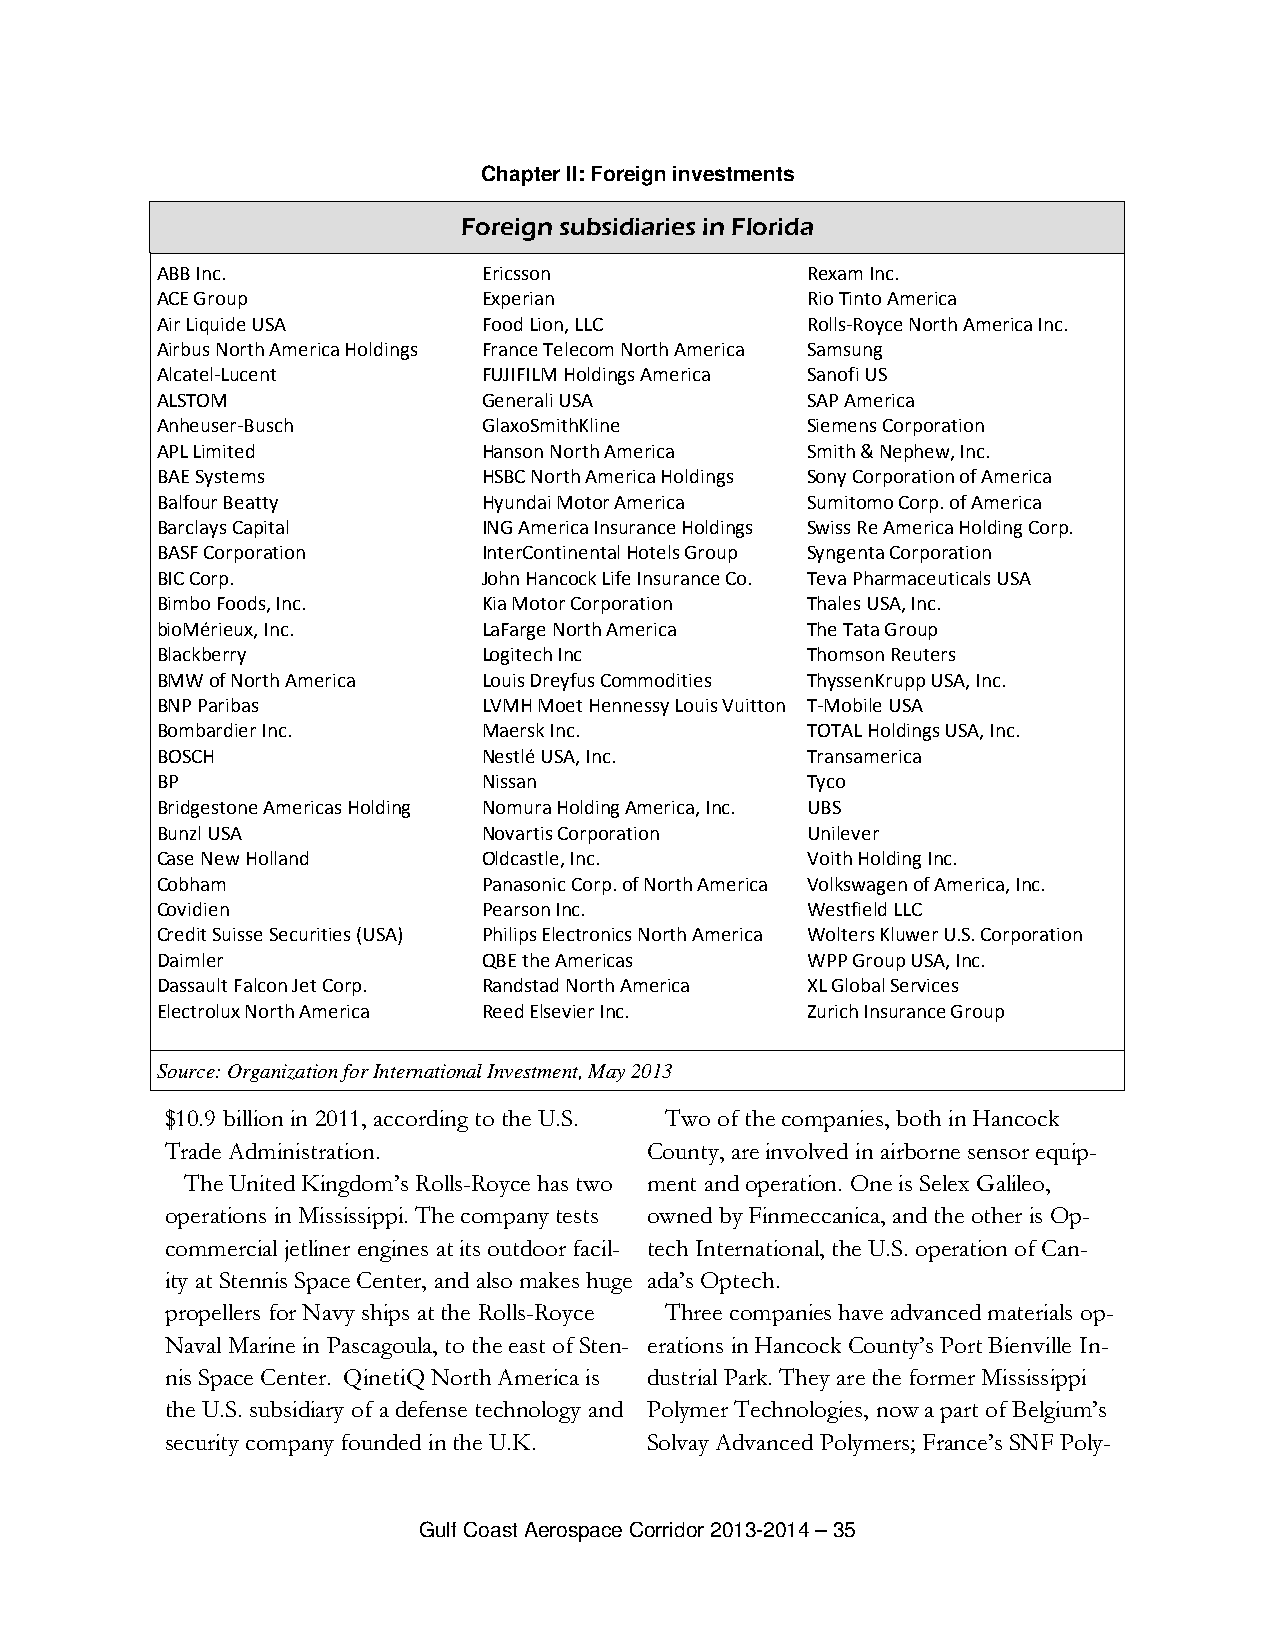
Chapter II: Foreign investments
 Foreign subsidiaries in Florida
 ABB Inc.              Ericsson             Rexam Inc.
 ACE Group             Experian             Rio Tinto America
 Air Liquide USA       Food Lion, LLC       Rolls-Royce North America Inc.
 Airbus North America Holdings France Telecom North America Samsung
 Alcatel-Lucent        FUJIFILM Holdings America Sanofi US
 ALSTOM                Generali USA         SAP America
 Anheuser-Busch        GlaxoSmithKline      Siemens Corporation
 APL Limited           Hanson North America Smith & Nephew, Inc.
 BAE Systems           HSBC North America Holdings Sony Corporation of America
 Balfour Beatty        Hyundai Motor America Sumitomo Corp. of America
 Barclays Capital      ING America Insurance Holdings Swiss Re America Holding Corp.
 BASF Corporation      InterContinental Hotels Group Syngenta Corporation
 BIC Corp.             John Hancock Life Insurance Co. Teva Pharmaceuticals USA
 Bimbo Foods, Inc.     Kia Motor Corporation Thales USA, Inc.
 bioMérieux, Inc.      LaFarge North America The Tata Group
 Blackberry            Logitech Inc         Thomson Reuters
 BMW of North America  Louis Dreyfus Commodities ThyssenKrupp USA, Inc.
 BNP Paribas           LVMH Moet Hennessy Louis Vuitton T-Mobile USA
 Bombardier Inc.       Maersk Inc.          TOTAL Holdings USA, Inc.
 BOSCH                 Nestlé USA, Inc.     Transamerica
 BP                    Nissan               Tyco
 Bridgestone Americas Holding Nomura Holding America, Inc. UBS
 Bunzl USA             Novartis Corporation Unilever
 Case New Holland      Oldcastle, Inc.      Voith Holding Inc.
 Cobham                Panasonic Corp. of North America Volkswagen of America, Inc.
 Covidien              Pearson Inc.         Westfield LLC
 Credit Suisse Securities (USA) Philips Electronics North America Wolters Kluwer U.S. Corporation
 Daimler               QBE the Americas     WPP Group USA, Inc.
 Dassault Falcon Jet Corp. Randstad North America XL Global Services
 Electrolux North America Reed Elsevier Inc. Zurich Insurance Group
 Source: Organization for International Investment, May 2013
 $10.9 billion in 2011, according to the U.S. Two of the companies, both in Hancock
 Trade Administration.           County, are involved in airborne sensor equip-
 The United Kingdom’s Rolls-Royce has two ment and operation. One is Selex Galileo,
 operations in Mississippi. The company tests owned by Finmeccanica, and the other is Op-
 commercial jetliner engines at its outdoor facil- tech International, the U.S. operation of Can-
 ity at Stennis Space Center, and also makes huge ada’s Optech.
 propellers for Navy ships at the Rolls-Royce Three companies have advanced materials op-
 Naval Marine in Pascagoula, to the east of Sten- erations in Hancock County’s Port Bienville In-
 nis Space Center. QinetiQ North America is dustrial Park. They are the former Mississippi
 the U.S. subsidiary of a defense technology and Polymer Technologies, now a part of Belgium’s
 security company founded in the U.K. Solvay Advanced Polymers; France’s SNF Poly-
 Gulf Coast Aerospace Corridor 2013-2014 – 35